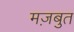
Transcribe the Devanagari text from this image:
मज़बुत